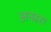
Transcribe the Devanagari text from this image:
अन्धरा